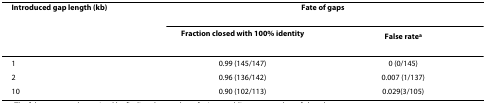
| Introduced gap length (kb) | <COLSPAN=2> Fate of gaps |
 |  | Fraction closed with 100% identity | False ratea |
 | --- | --- | --- |
 | 1 | 0.99 (145/147) | 0 (0/145) |
 | 2 | 0.96 (136/142) | 0.007 (1/137) |
 | 10 | 0.90 (102/113) | 0.029(3/105) |